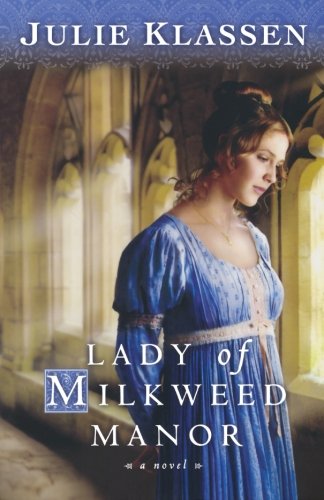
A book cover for Lady of Milkweed Manor; Julie Klassen; Romance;